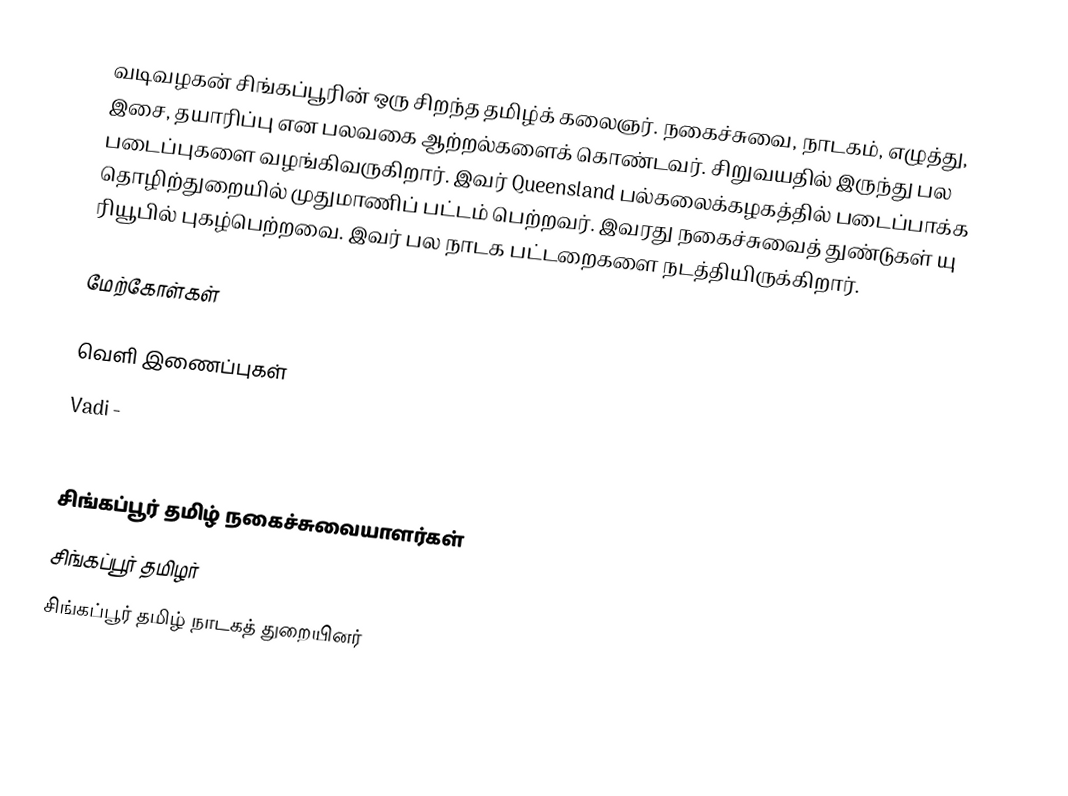
வடிவழகன் சிங்கப்பூரின் ஒரு சிறந்த தமிழ்க் கலைஞர்.  நகைச்சுவை, நாடகம், எழுத்து, இசை, தயாரிப்பு என பலவகை ஆற்றல்களைக் கொண்டவர்.  சிறுவயதில் இருந்து பல படைப்புகளை வழங்கிவருகிறார்.  இவர் Queensland பல்கலைக்கழகத்தில் படைப்பாக்க தொழிற்துறையில் முதுமாணிப் பட்டம் பெற்றவர்.  இவரது நகைச்சுவைத் துண்டுகள் யு ரியூபில் புகழ்பெற்றவை.  இவர் பல நாடக பட்டறைகளை நடத்தியிருக்கிறார்.

மேற்கோள்கள்

வெளி இணைப்புகள்
 Vadi -
 http://www.youtube.com/user/vadivalagan

சிங்கப்பூர் தமிழ் நகைச்சுவையாளர்கள்
சிங்கப்பூர் தமிழர்
சிங்கப்பூர் தமிழ் நாடகத் துறையினர்